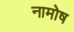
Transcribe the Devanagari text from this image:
नामोष